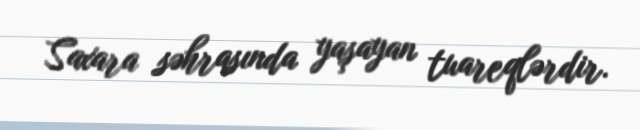
Saxara səhrasında yaşayan tuareqlərdir.